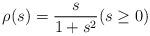
LaTeX: \begin{align*}\rho(s)=\dfrac{s}{1+s^2} (s\ge 0)\end{align*}